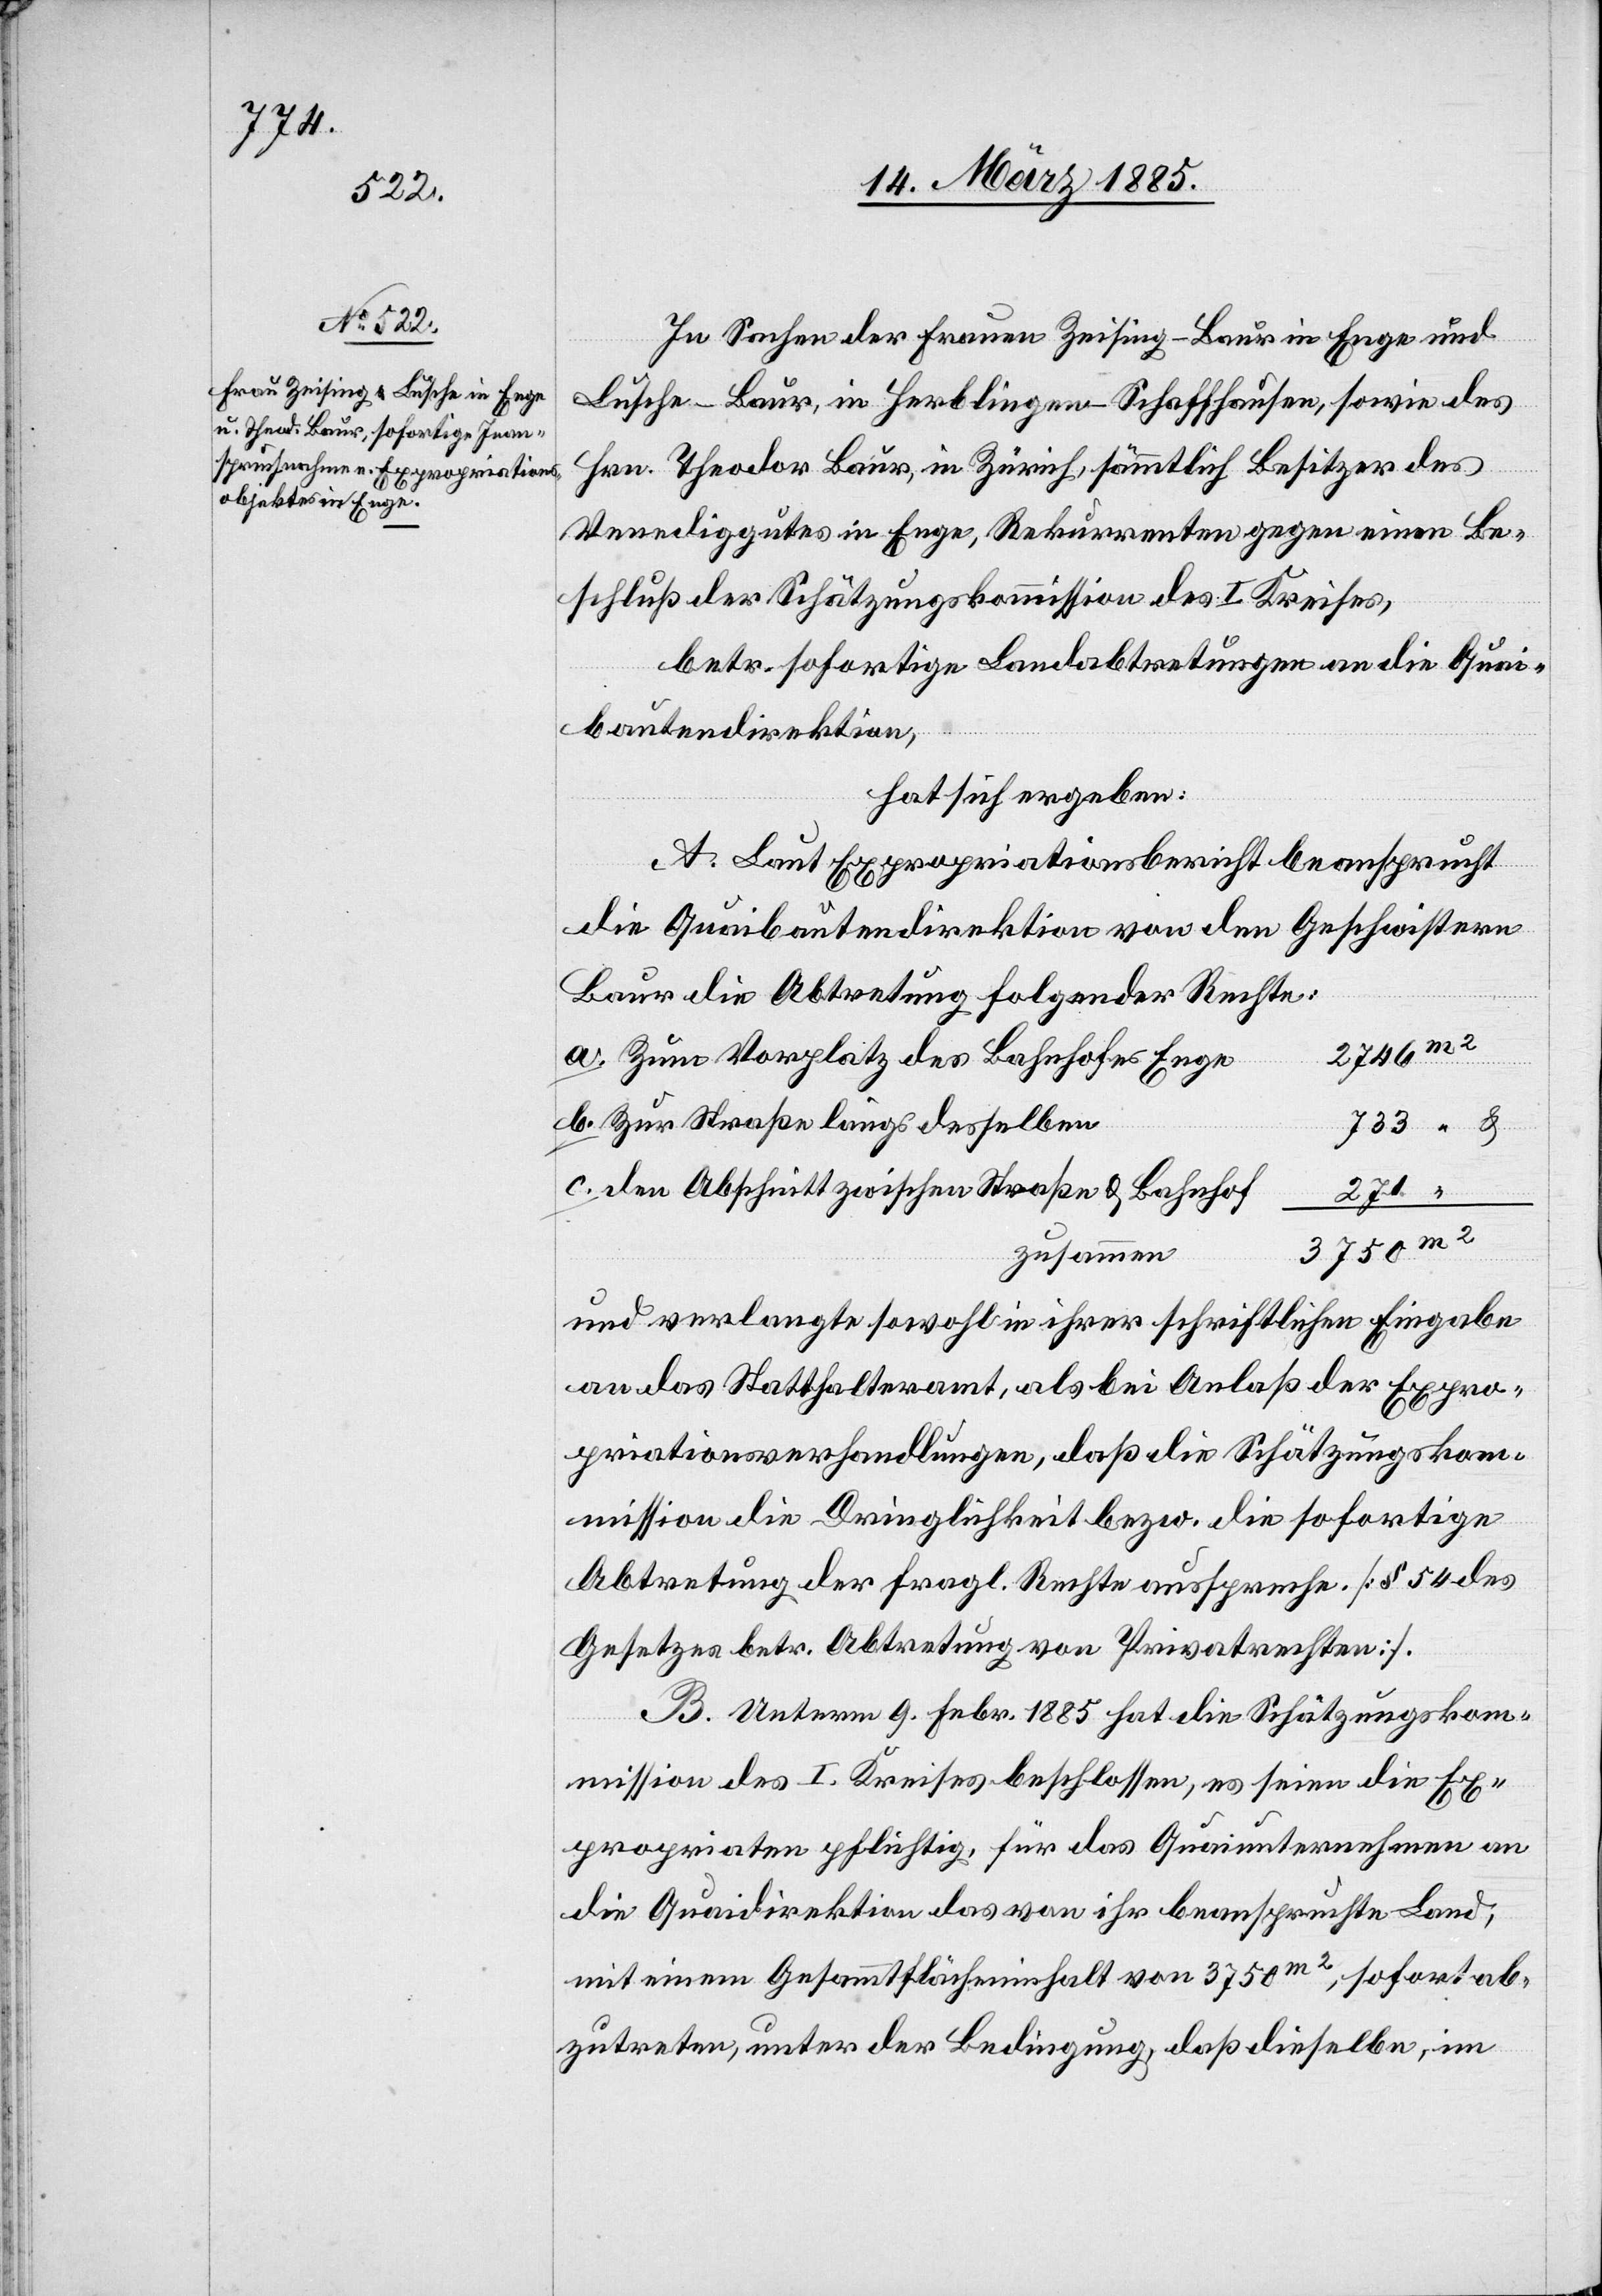
In Sachen der Frauen Zeising-Baur in Enge und
Venediggutes in Enge, Rekurrenten gegen einen Be¬
schluß der Schätzungskommission des I. Kreises,
betr. sofortige Landabtretungen an die Quai¬
bautendirektion,
hat sich ergeben:
A. Laut Expropriationsbericht beansprucht
die Quaibautendirektion von den Geschwistern
Baur die Abtretung folgender Rechte:
a. Zum Vorplatz des Bahnhofes Enge
b. Zur Straße längs derselben
733
c. den Abschnitt zwischen Straße & Bahnhof
271
“
zusammen
und verlangte sowohl in ihrer schriftlichen Eingabe
an das Statthalteramt, als bei Anlaß der Expro¬
priationsverhandlungen, daß die Schätzungskom¬
mission die Dringlichkeit bezw. die sofortige
Abtretung der fragl. Rechte ausspreche [§ 54 des
Gesetzes betr. Abtretung von Privatrechten].
B. Unterm 9. Febr. 1885 hat die Schätzungskom¬
mission des I. Kreises beschlossen, es seien die Ex¬
propriaten pflichtig, für das Quaiunternehmen an
die Quaidirektion das von ihr beanspruchte Land,
mit einem Gesammtflächeninhalt von 3750 m2, sofort ab¬
zutreten, unter der Bedingung, daß dieselbe, im